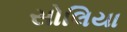
સોલિયા